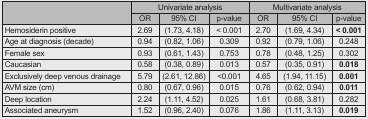
<table><thead><tr><td rowspan="2"></td><td colspan="3"><b>Univariate analysis</b></td><td colspan="3"><b>Multivariate analysis</b></td></tr><tr><td><b>OR</b></td><td><b>95% CI</b></td><td><b>p-value</b></td><td><b>OR</b></td><td><b>95% CI</b></td><td><b>p-value</b></td></tr></thead><tbody><tr><td>Hemosiderin positive</td><td>2.69</td><td>(1.73, 4.18)</td><td>&lt; 0.001</td><td>2.70</td><td>(1.69, 4.34)</td><td><b>&lt; 0.001</b></td></tr><tr><td>Age at diagnosis (decade)</td><td>0.94</td><td>(0.82, 1.06)</td><td>0.309</td><td>0.92</td><td>(0.79, 1.06)</td><td>0.248</td></tr><tr><td>Female sex</td><td>0.93</td><td>(0.61, 1.43)</td><td>0.753</td><td>0.78</td><td>(0.48, 1.25)</td><td>0.302</td></tr><tr><td>Caucasian</td><td>0.58</td><td>(0.38, 0.89)</td><td>0.013</td><td>0.57</td><td>(0.35, 0.91)</td><td><b>0.018</b></td></tr><tr><td>Exclusively deep venous drainage</td><td>5.79</td><td>(2.61, 12.86)</td><td>&lt;0.001</td><td>4.65</td><td>(1.94, 11.15)</td><td><b>0.001</b></td></tr><tr><td>AVM size (cm)</td><td>0.80</td><td>(0.67, 0.96)</td><td>0.015</td><td>0.76</td><td>(0.62, 0.94)</td><td><b>0.011</b></td></tr><tr><td>Deep location</td><td>2.24</td><td>(1.11, 4.52)</td><td>0.025</td><td>1.61</td><td>(0.68, 3.81)</td><td>0.282</td></tr><tr><td>Associated aneurysm</td><td>1.52</td><td>(0.96, 2.40)</td><td>0.076</td><td>1.86</td><td>(1.11, 3.13)</td><td><b>0.019</b></td></tr></tbody></table>